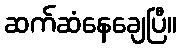
ဆက်ဆံနေချေပြီ။